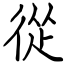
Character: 從